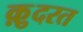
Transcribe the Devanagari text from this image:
क़़ुदरत